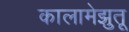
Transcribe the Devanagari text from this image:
कालामेझुतू